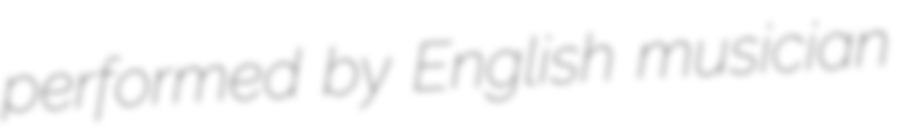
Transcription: performed by English musician